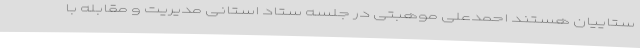
ستاییان هستند احمدعلی موهبتی در جلسه ستاد استانی مدیریت و مقابله با